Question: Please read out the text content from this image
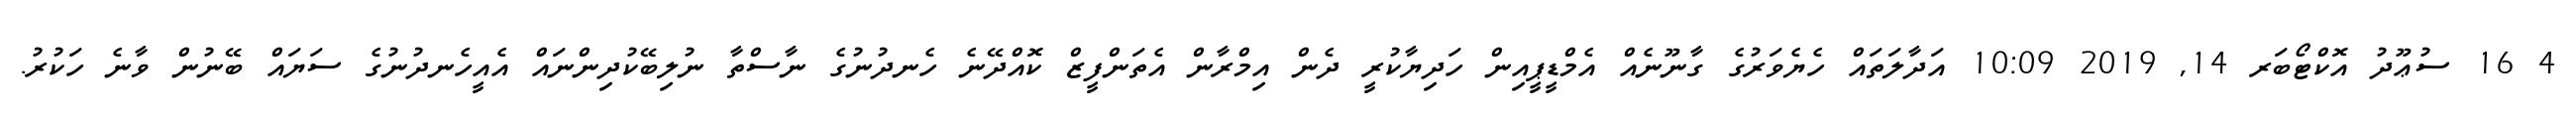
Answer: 4 16 ސުޢޫދު އޮކްޓޯބަރ 14, 2019 10:09 އަދާލަތައް ހެޔެވަރުގެ ގާނޫނެއް އެމްޑީޕީއިން ހަދިޔާކުރީ ދެން އިމްރާން އެތަންފީޒް ކޮއްދޭނެ ހެނދުނުގެ ނާސްތާ ނުލިބޭކުދިންނައް އެއީހެނދުނުގެ ސަޔައް ބޭނުން ވާނެ ހަކުރު.